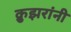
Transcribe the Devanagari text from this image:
क्रुझरांनी